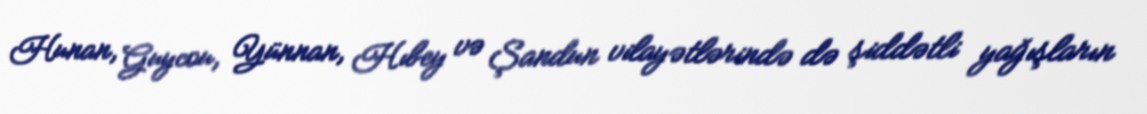
Hunan, Guycou, Yünnan, Hıbey və Şandun vilayətlərində də şiddətli yağışların